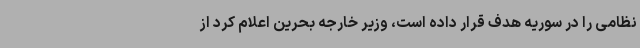
نظامی را در سوریه هدف قرار داده است، وزیر خارجه بحرین اعلام کرد از